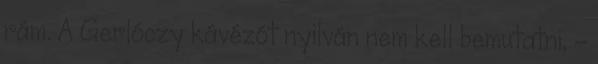
rám. A Gerlóczy kávézót nyilván nem kell bemutatni, -